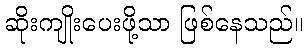
ဆိုးကျိုးပေးဖို့သာ ဖြစ်နေသည်။